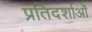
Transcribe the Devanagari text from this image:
प्रतिदर्शाओं